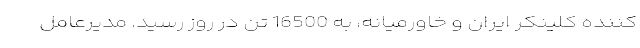
کننده کلینکر ایران و خاور‌میانه، به 16500 تن در روز رسید. مدیرعامل